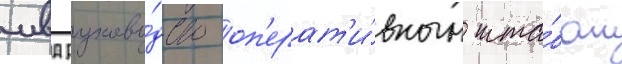
мвд руково́дство оп'ерат'и́вным шта́бом